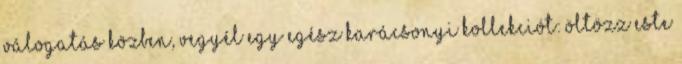
válogatás közben, vegyél egy egész karácsonyi kollekciót: öltözz este